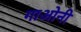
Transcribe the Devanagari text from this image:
गाओनी